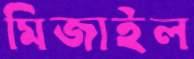
মিজাইল